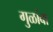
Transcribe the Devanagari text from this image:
गुळांबा